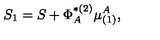
S _ { 1 } = S + \Phi _ { A } ^ { * ( 2 ) } \mu _ { ( 1 ) } ^ { A } ,